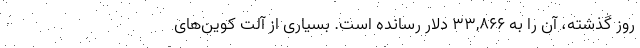
روز گذشته، آن را به ۳۳,۸۶۶ دلار رسانده است. بسیاری از آلت کوین‌های